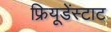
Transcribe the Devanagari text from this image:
फ्रियूडेंस्टाट